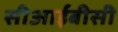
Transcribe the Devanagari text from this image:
सीआईबीसी